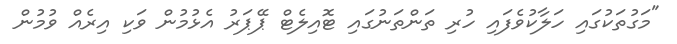
"މަގުތަކުގައި ހަލާކުވެފައި ހުރި ތަންތަނުގައި ޓޮއިލެޓް ޕޭޕަރު އެޅުމުން ވަކި އިރެއް ވުމުން